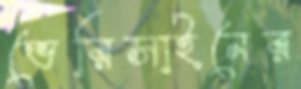
ভেরিসাইনের